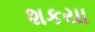
શકયા